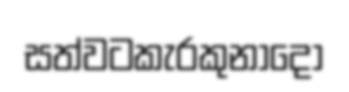
සත්වටකැරකුනාදෝ